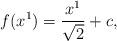
LaTeX: \begin{align*}f(x^1)=\frac{x^1}{\sqrt{2}}+c,\end{align*}